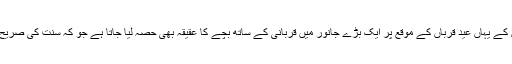
اکثر مسلمانوں کے یہاں عید قرباں کے موقع پر ایک بڑے جانور میں قربانی کے ساتھ بچے کا عقیقہ بھی حصہ لیا جاتا ہے جو کہ سنت کی صریح مخالفت ہے ۔